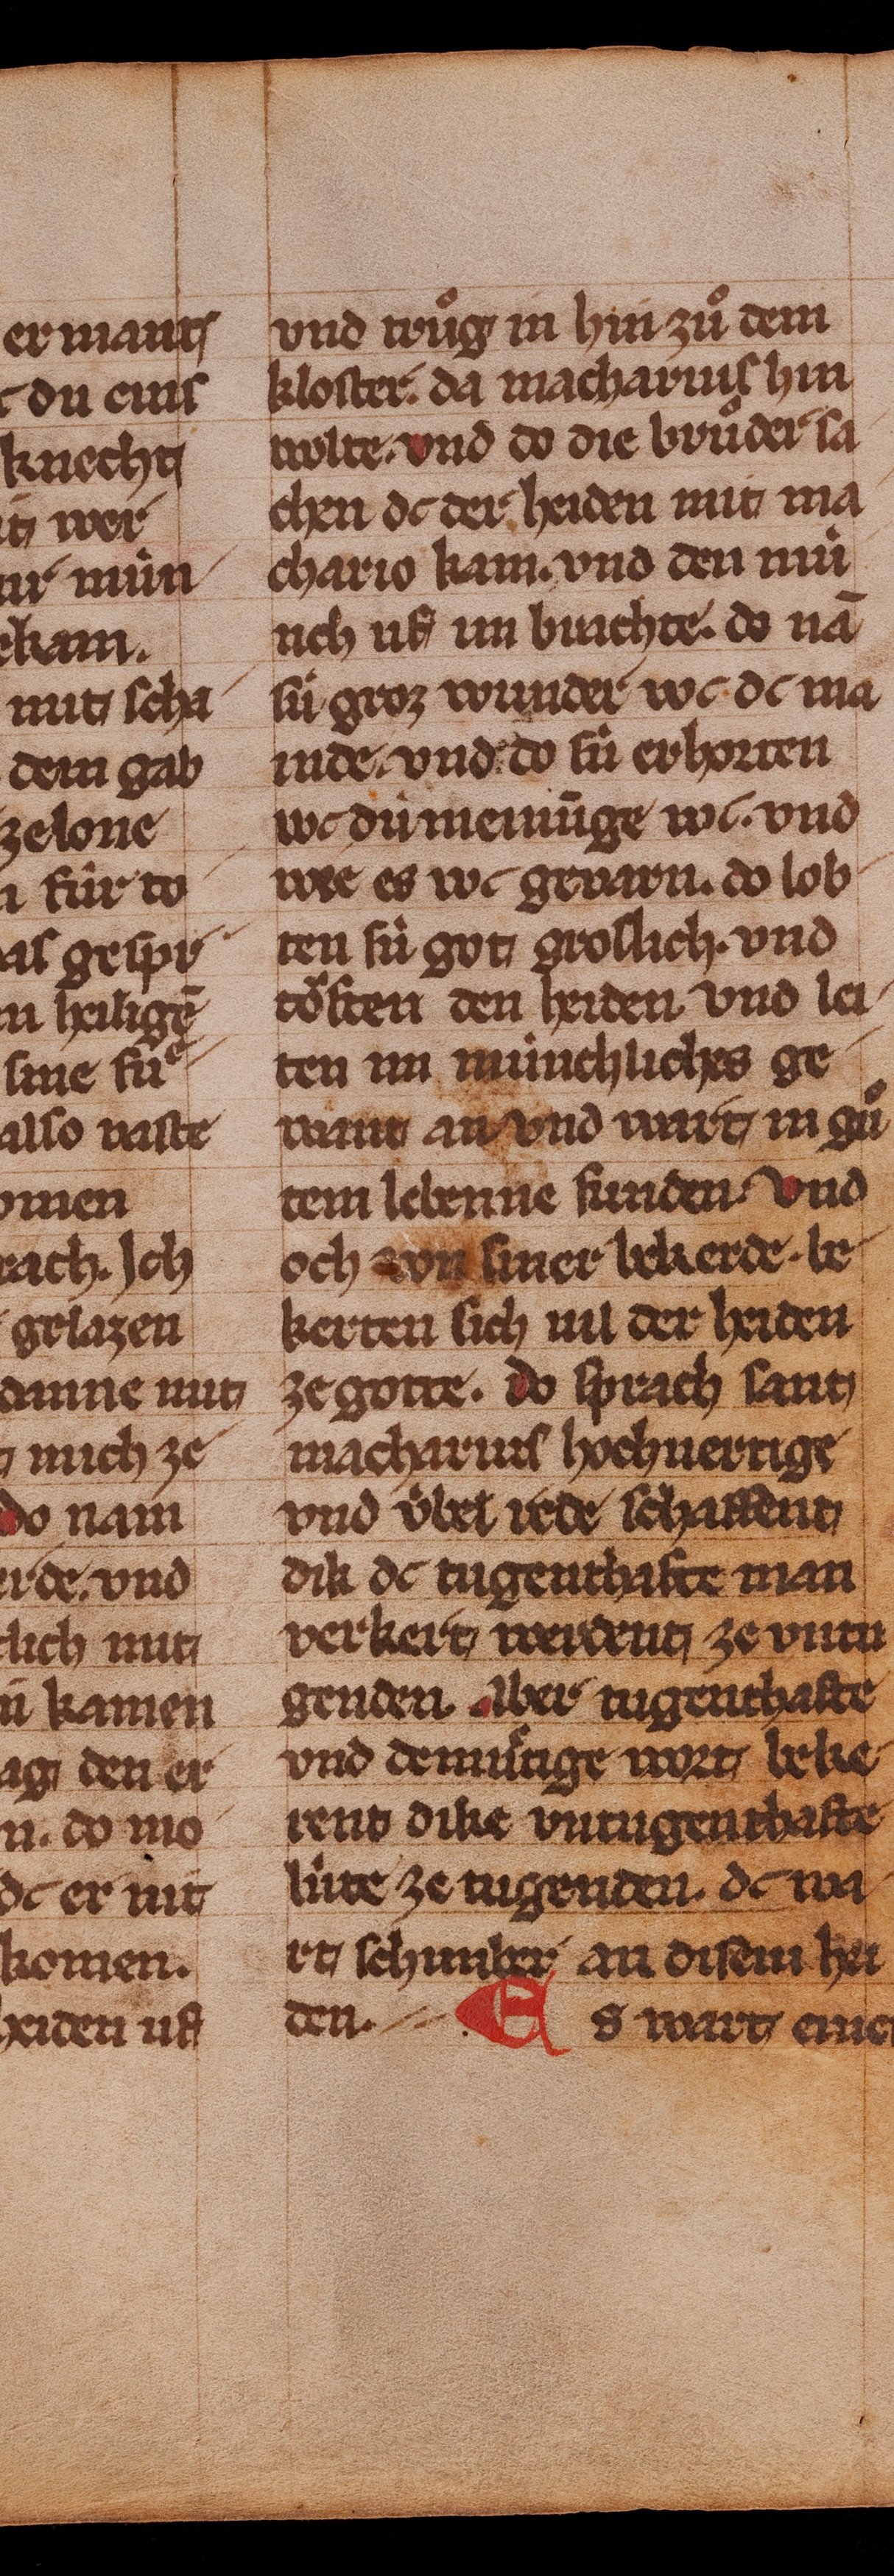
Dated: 1350–1374